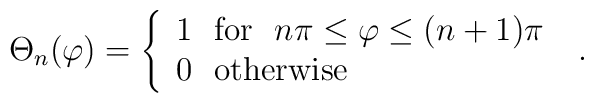
\Theta_{n}(\varphi) = \left\{ \begin{array}{l}1 \ \ \mbox{for} \ \ n \pi \leq \varphi \leq (n+1)\pi \\0 \ \ \mbox{otherwise} \end{array} \right.  \ .